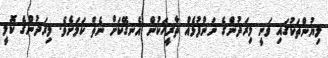
ލިޔުންތަކުގައި ވަނީ މިރަދުންގެ ނަންފުޅެއް ތާރީޚަކުން އެނގޭކަށް ނެތް ކަމަށެވެ. މިރަދުންގެ ކޮލީ